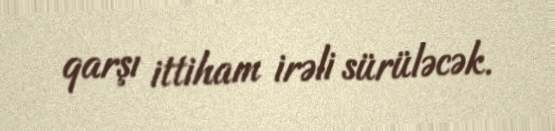
qarşı ittiham irəli sürüləcək.